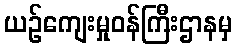
ယဉ်ကျေးမှုဝန်ကြီးဌာနမှ